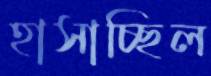
হাসাচ্ছিল